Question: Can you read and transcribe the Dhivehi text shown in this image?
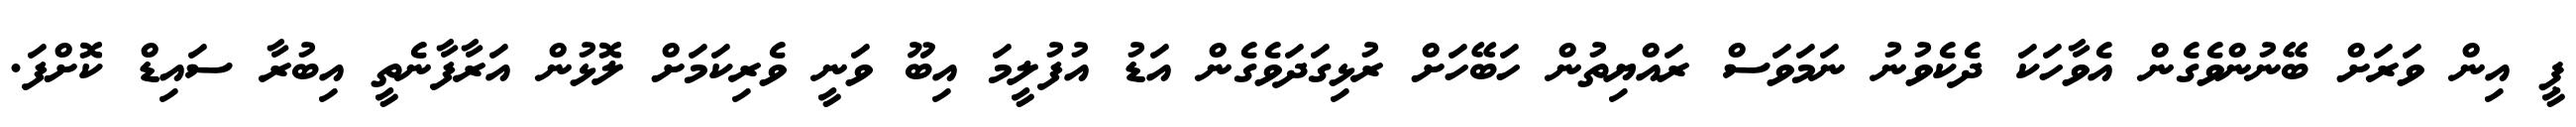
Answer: ޕީ އިން ވަރަށް ބޭނުންވެގެން އެވާހަކަ ދެކެވުނު ނަމަވަސް ރައްޔިތުން ހަބޭހަށް ރުޅިގަދަވެގެން އަޑު އުފުލީމަ އިބޫ ވަނީ ވެރިކަމަށް ލޮޅުން އަރާފާނެތީ އިބުރާ ސައިޑް ކޮށްފަ.